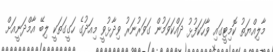
މާލިއްޔަތު ކޮމިޓީގައި ވާހަކަފުޅު ދައްކަވަމުން ގަވަރުނަރު ވިދާޅުވީ މިއަދުގެ ހަގީގަތަކީ ލިބޭ އާމްދަނީއަށް